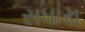
સધારા